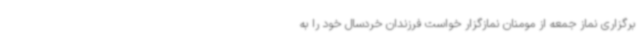
برگزاری نماز جمعه از مومنان نمازگزار خواست فرزندان خردسال خود را به